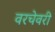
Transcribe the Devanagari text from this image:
वरचेवरी